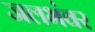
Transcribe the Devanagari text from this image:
जलभंवर